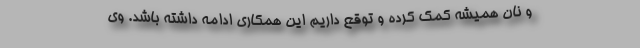
و نان همیشه کمک کرده و توقع داریم این همکاری ادامه داشته باشد. وی